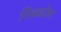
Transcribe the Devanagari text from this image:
निक्कोल